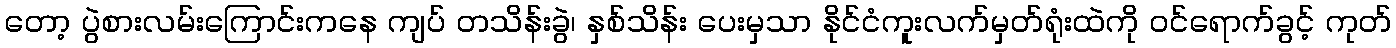
တော့ ပွဲစားလမ်းကြောင်းကနေ ကျပ် တသိန်းခွဲ၊ နှစ်သိန်း ပေးမှသာ နိုင်ငံကူးလက်မှတ်ရုံးထဲကို ဝင်ရောက်ခွင့် ကုတ်